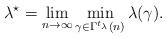
LaTeX: \begin{align*} \lambda^\star = \lim_{n \to \infty} \min_{\gamma \in \Gamma^{t_\lambda}(n)} \lambda (\gamma).\end{align*}